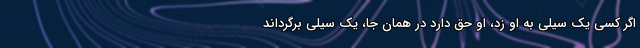
اگر کسى یک سیلى به او زد، او حق دارد در همان جا، یک سیلى برگرداند